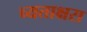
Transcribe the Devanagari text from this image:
च्यताक्षरा